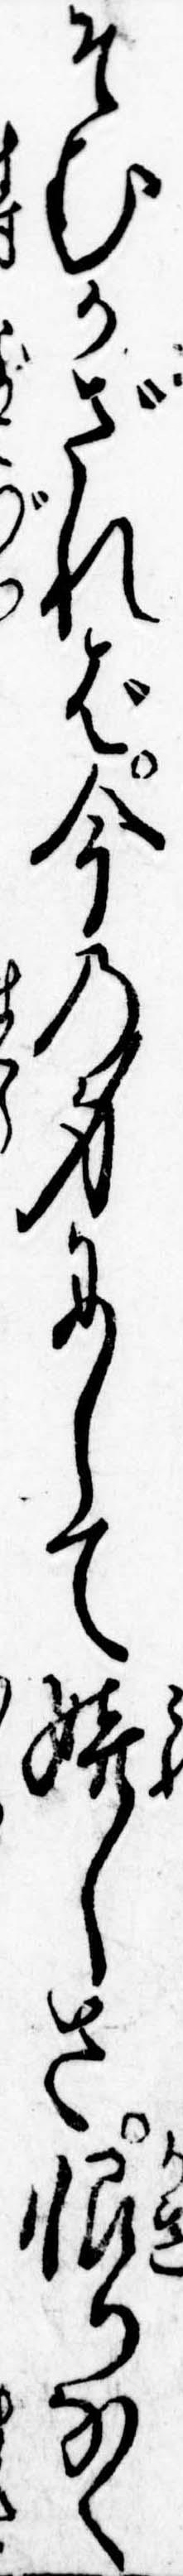
そむかざれば今の身にして嬉しさ限りなく